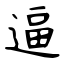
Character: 逼